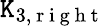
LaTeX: \mathtt{K}_{3,\mathrm{{~r~i~g~h~t~}}}